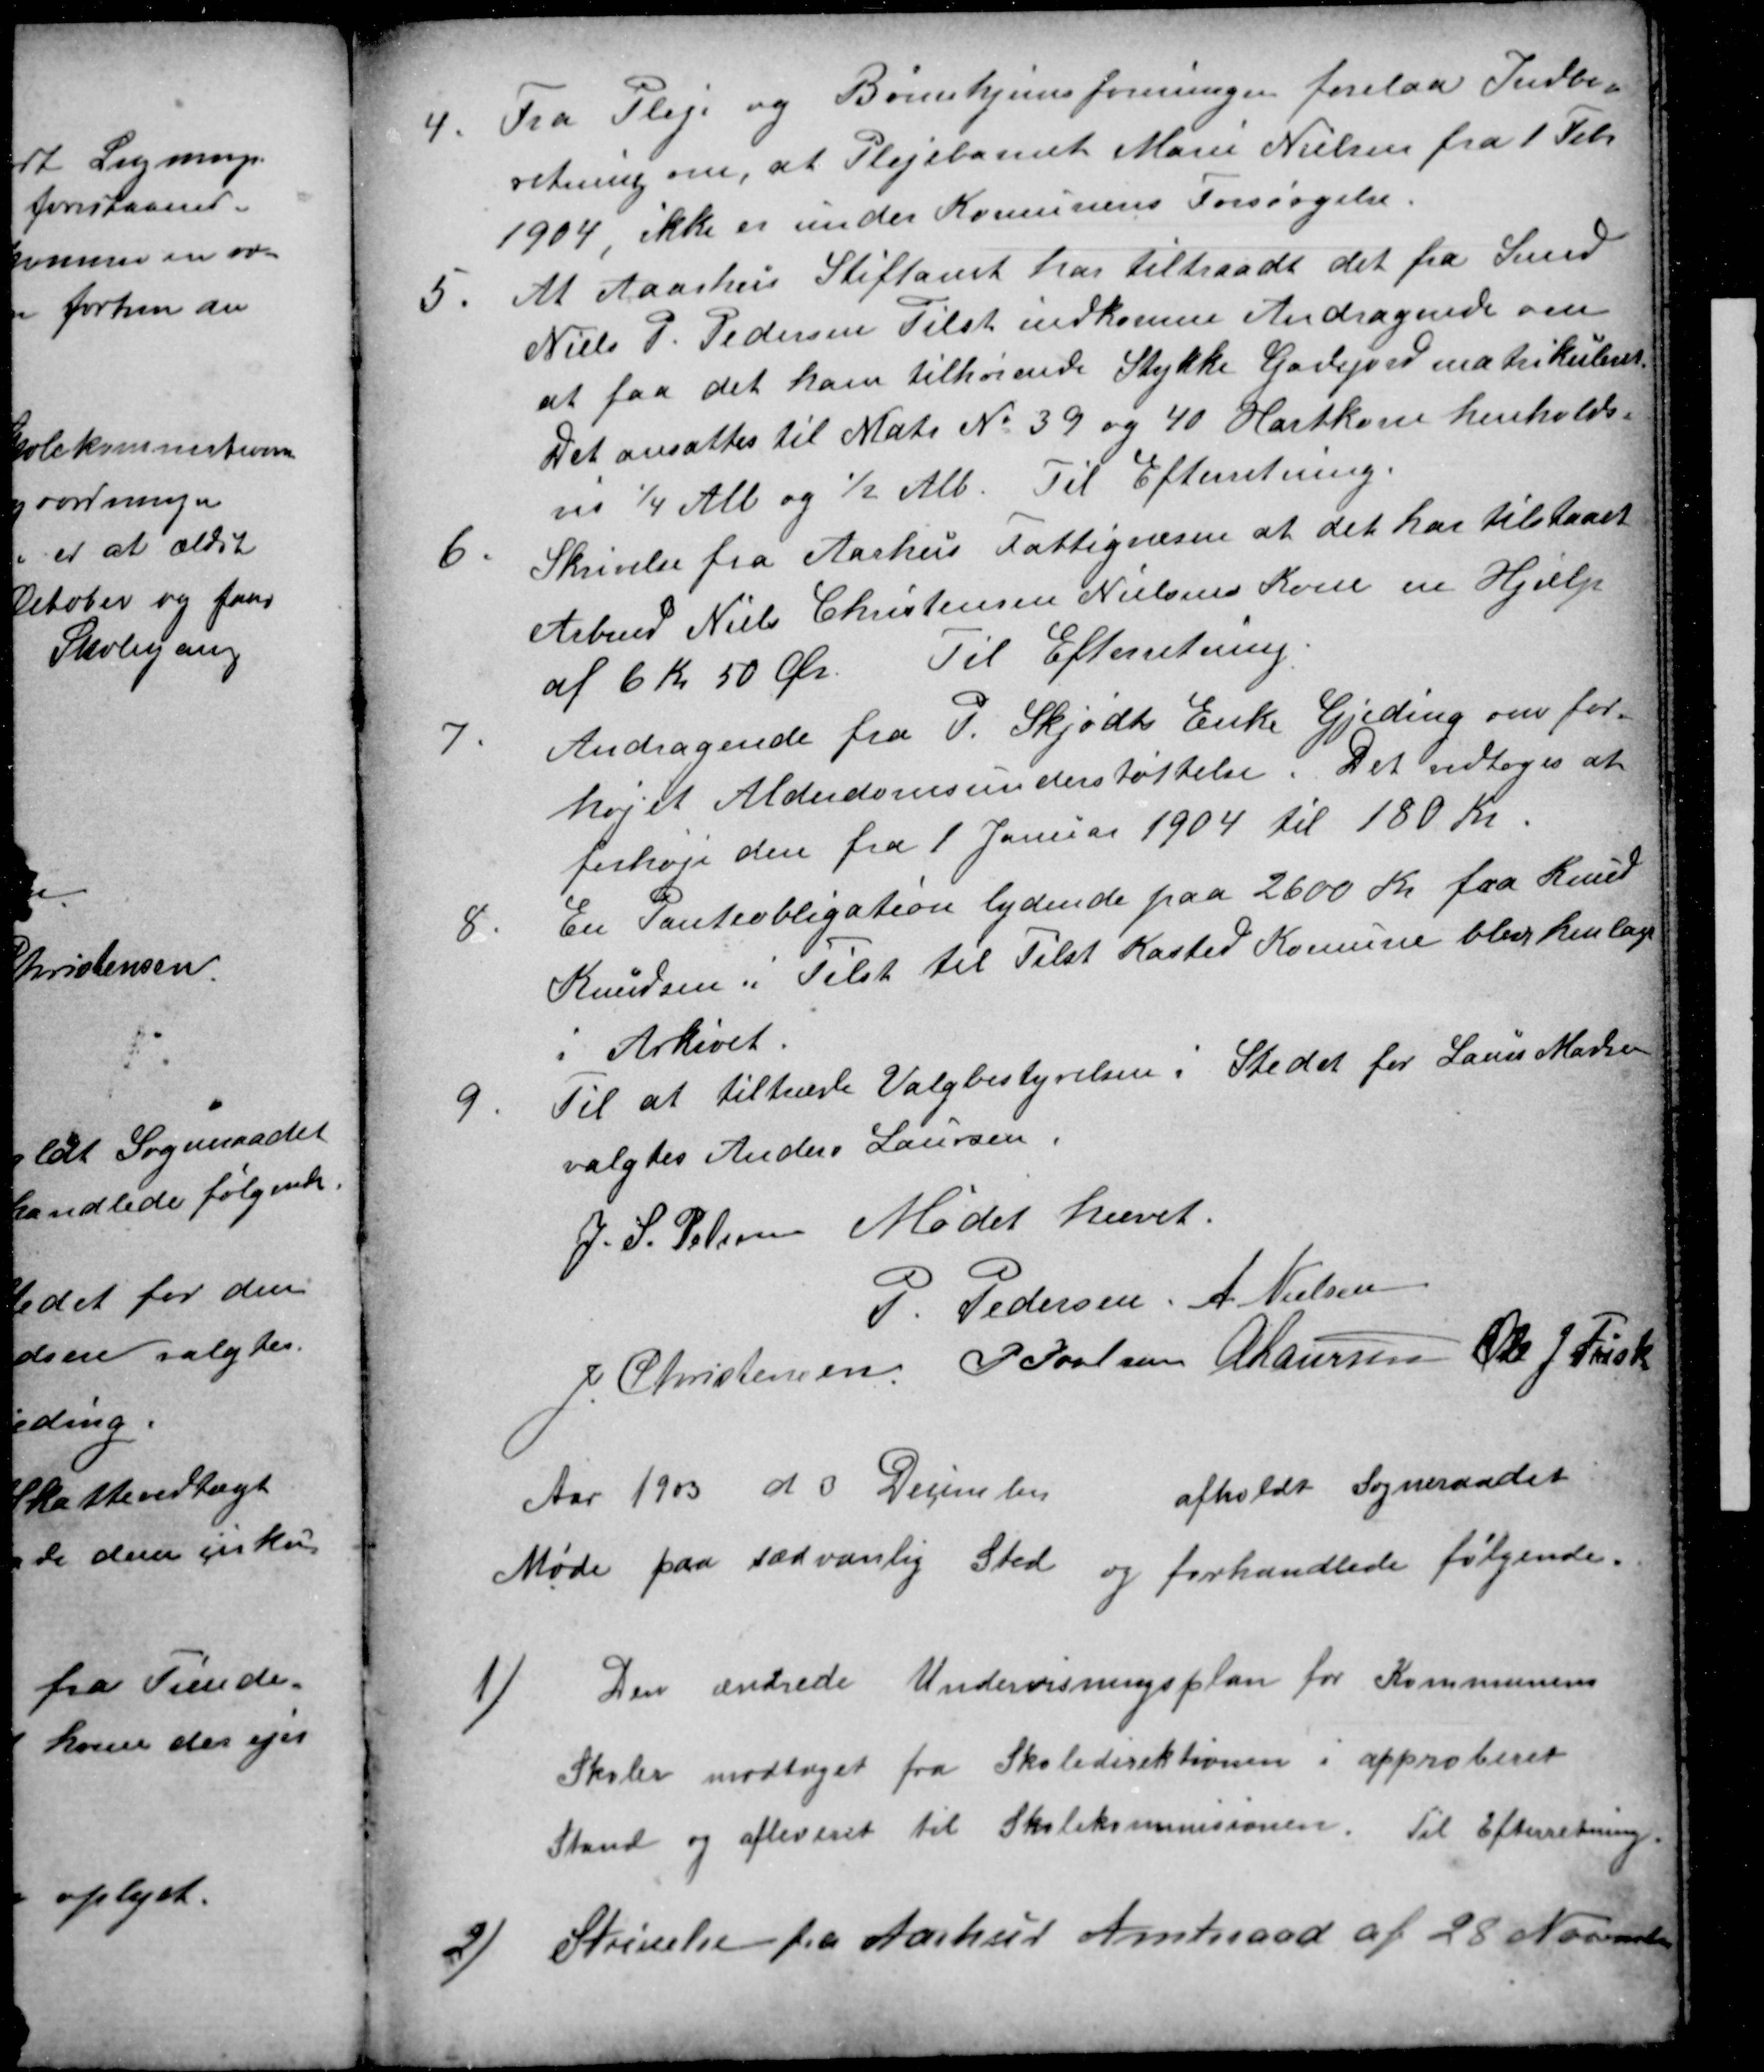
Transskription:
4
Fra Pleje og Børnehjemsforeningen forelaa Indbe-
retning om, at Plejebarnet Marie Nielsen fra 1 Febr
1904, ikke er under Kommunens Forsørgelse
5.
At Aaarhus Stiftamt har tiltraadt det fra Smed
Niels P. Pedersen Tilst indkomne Andragende om
at faa det ham tilhørende Stykke Gadejord matrikuleret
Det ansattes til Matr № 39 og 40 Hartkorn henholds-
vis ¼ Alb og ½ Alb. Til Efterretning.
6.
Skrivelse fra Aarhus Fattigvæsen at det har tilstaaet
Arbmd Niels Christensen Nielsens Kone en Hjælp
af 6 Kr 50 Øre. Til Efterretning.
7
Andragende fra P. Skjødts Enke Gjeding om for-
højet Alderdomsunderstøttelse. Det vedtoges at
forhøje den fra 1 Januar 1904 til 180 Kr
8
En Panteobligation lydende paa 2600 Kr. fra Knud
Knudsen i Tilst til Tilst Kasted Komune blev henlagt
i Arkivet.
9
Til at tiltræde Valgbestyrelsen i Stedet for Laurs Madsen
valgtes Anders Laursen
J. S. Pelsen
Mødet hævet.
P. Pedersen A. Nielsen
J. Christensen P. Poulsen A Laursen Ole J. Frisk
Aar 1903 d 3 December
afholdt Sogneraadet
Møde paa sædvanlig Sted og forhandlede følgende:
1)
Den ændrede Undervisningsplan for Kommunens
Skoler modtaget fra Skoledirektionen i approberet
Stand og afleveret til Skolekommissionen. Til Efterretning.
2)
Skrivelse fra Aarhus Amtsraad af 28 November